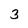
Character: 3